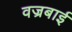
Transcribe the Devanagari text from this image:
वज्रबाई